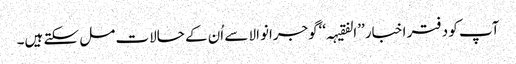
آپ کو دفتر اخبار ’’الفقیہہ‘‘گوجرانوالا سے اُن کے حالات مل سکتے ہیں۔